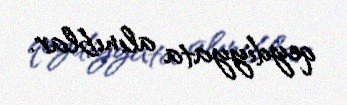
qeydiyyata alınıblar.